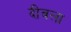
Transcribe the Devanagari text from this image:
दीवला